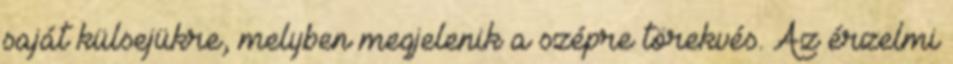
saját külsejükre, melyben megjelenik a szépre törekvés. Az érzelmi